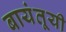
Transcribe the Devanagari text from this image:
बायंतूयी